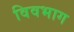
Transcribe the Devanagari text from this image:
विवभाग